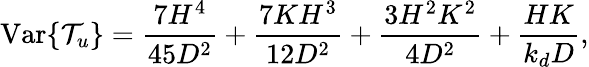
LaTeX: \operatorname{Var}\{ \mathcal{T}_{u}\} =\frac{7H^{4}}{45D^{2}}+\frac{7KH^{3}}{12D^{2}}+\frac{3H^{2}K^{2}}{4D^{2}}+\frac{HK}{k_{d}D},